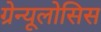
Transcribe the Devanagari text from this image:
ग्रेन्यूलोसिस